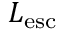
L _ { \mathrm { e s c } }